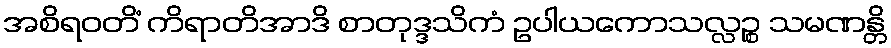
အစိရဝတိံ ကိရာတိအာဒိ စာတုဒ္ဒသိကံ ဥပါယကောသလ္လဉ္စ သမဏန္တိ